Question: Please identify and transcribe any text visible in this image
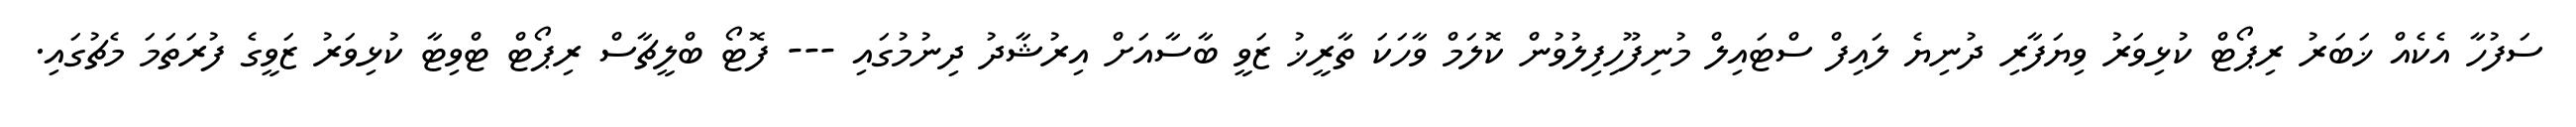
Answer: ސަފުހާ އެކެއް ޚަބަރު ރިޕޯޓް ކުޅިވަރު ވިޔަފާރި ދުނިޔެ ލައިފް ސްޓައިލް މުނިފޫހިފިލުވުން ކޮލަމް ވާހަކަ ތާރީޚު ޒަވީ ބާސާއަށް އިރުޝާދު ދިނުމުގައި --- ފޮޓޯ ބްލީޗާސް ރިޕޯޓް ޓްވިޓާ ކުޅިވަރު ޒަވީގެ ފުރަތަމަ މެޗުގައި.